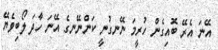
އޭނަ އެރޭ ބޮއިގެން ހުރީމަ ނޭނގުނީ ކަންނޭނގެ އޭނަ ހާދަ ލޯބިވެޔޭ